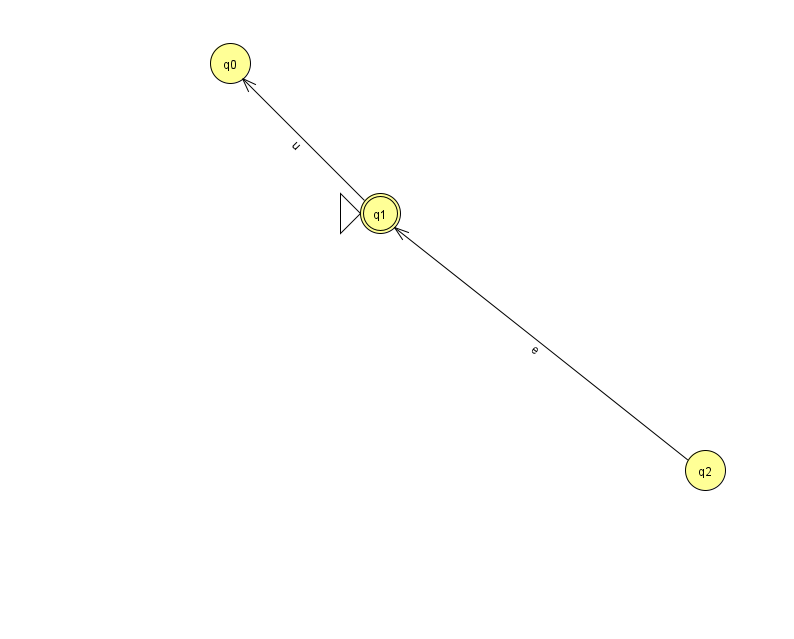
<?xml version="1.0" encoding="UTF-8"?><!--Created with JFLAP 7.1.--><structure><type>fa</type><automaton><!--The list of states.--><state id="0" name="q0"><x>230.0</x><y>50.0</y></state><state id="1" name="q1"><x>380.0</x><y>200.0</y><initial/><final/></state><state id="2" name="q2"><x>705.0</x><y>457.0</y></state><!--The list of transitions.--><transition><from>1</from><to>0</to><read>u</read></transition><transition><from>2</from><to>1</to><read>e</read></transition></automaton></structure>